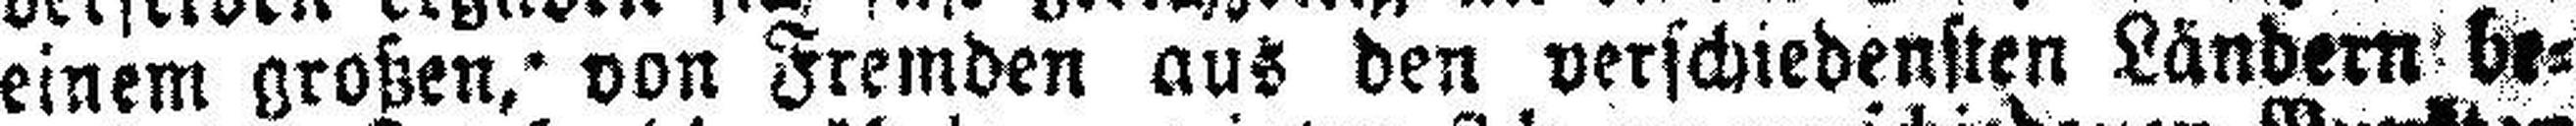
einem großen, von Fremden aus den verschiedensten Ländern be¬